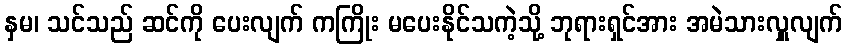
နှမ၊ သင်သည် ဆင်ကို ပေးလျက် ကကြိုး မပေးနိုင်သကဲ့သို့ ဘုရားရှင်အား အမဲသားလှူလျက်